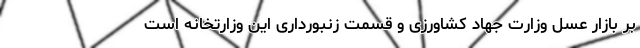
بر بازار عسل وزارت جهاد کشاورزی و قسمت زنبورداری این وزارتخانه است